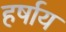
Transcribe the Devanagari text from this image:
हर्षाय